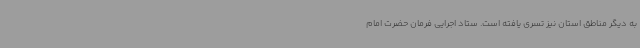
به دیگر مناطق استان نیز تسری یافته است. ستاد اجرایی فرمان حضرت امام